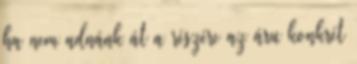
ha nem adnánk át a részére az áru konkrét